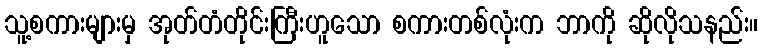
သူ့စကားများမှ အုတ်တံတိုင်းကြီးဟူသော စကားတစ်လုံးက ဘာကို ဆိုလိုသနည်း။